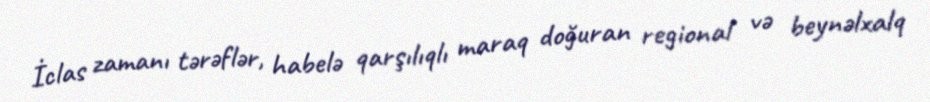
İclas zamanı tərəflər, habelə qarşılıqlı maraq doğuran regional və beynəlxalq